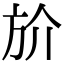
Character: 斺